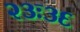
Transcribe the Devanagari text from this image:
२३ः३६